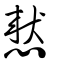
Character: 憗